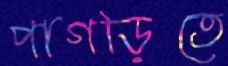
পাগড়িতে